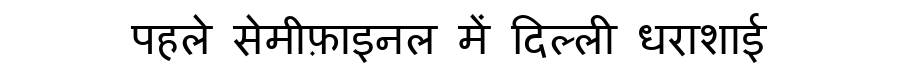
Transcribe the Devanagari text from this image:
पहले सेमीफ़ाइनल में दिल्ली धराशाई